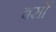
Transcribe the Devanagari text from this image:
बसोँ